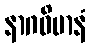
နာဂဝိမာနံ